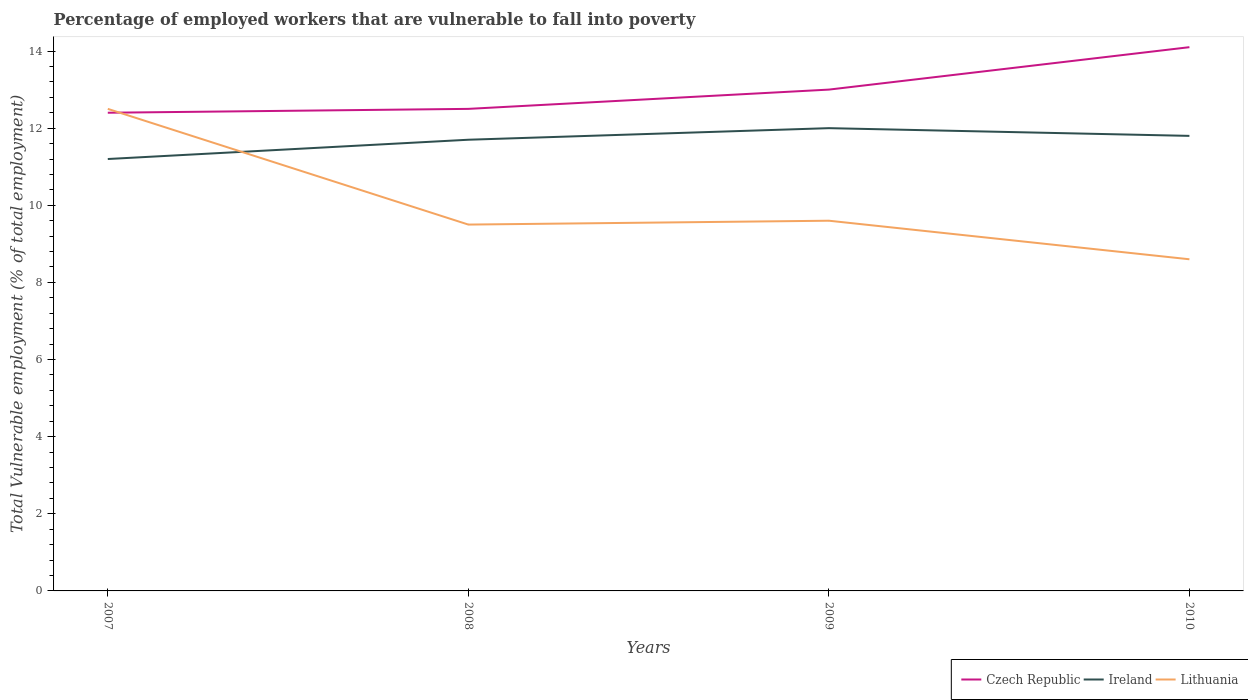
| Years | Czech Republic | Ireland | Lithuania |
 | --- | --- | --- | --- |
 | 2007 | 12.4 | 11.2 | 12.5 |
 | 2008 | 12.5 | 11.7 | 9.5 |
 | 2009 | 13 | 12 | 9.6 |
 | 2010 | 14.1 | 11.8 | 8.6 |